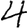
Digit: 4